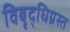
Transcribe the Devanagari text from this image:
विबृद्धिग्रस्त